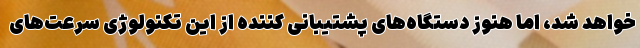
خواهد شد، اما هنوز دستگاه‌های پشتیبانی کننده از این تکنولوژیِ سرعت‌های